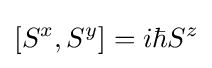
[S^{x},S^{y}]=i\hbar S^{z}